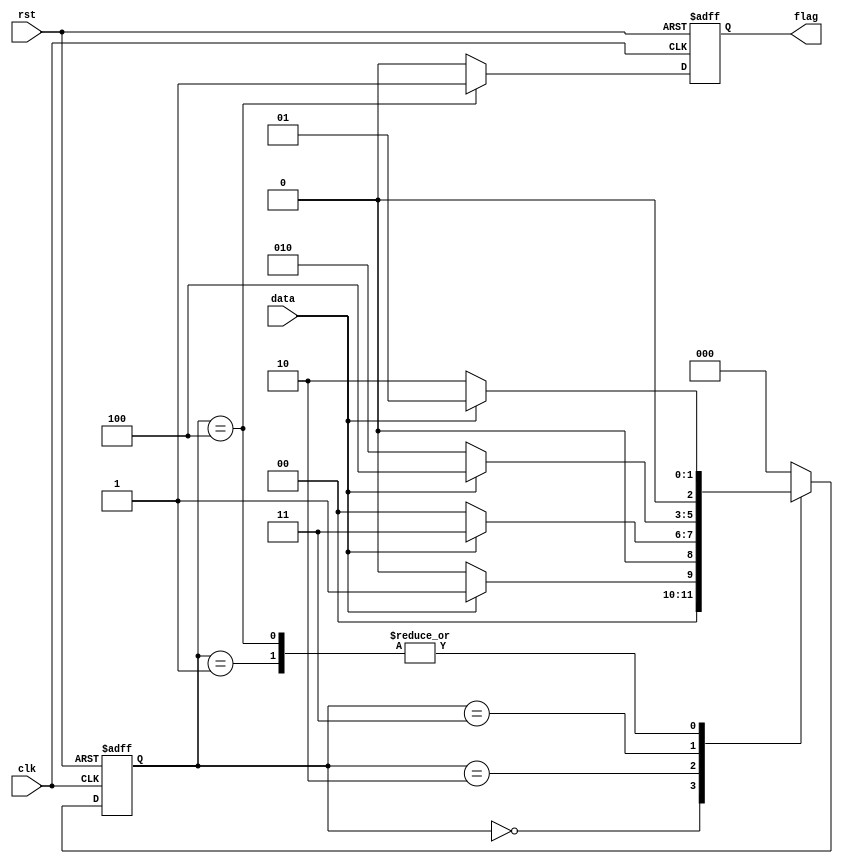
`timescale 1ns/1ns

module sequence_test2(
	input wire clk  ,
	input wire rst  ,
	input wire data ,
	output reg flag
);
//*************code***********//
parameter S0 = 0,
          S1 = 1,
          S10 = 2,
          S101 = 3,
          S1011 = 4;
reg[2:0] state, next_state;

always @(posedge clk or negedge rst) begin
    if(!rst) state <= 0;
    else state <= next_state;
end

always @(posedge clk or negedge rst) begin
    if(!rst) flag <= 0;
    else if(state == S1011) flag <= 1;
    else flag <= 0;
end

always @(*) begin
    case(state)
        S0: next_state = (data)? S1 : S0;
        S1: next_state = (data)? S1 : S10;
        S10: next_state = (data)? S101 : S0;
        S101: next_state = (data)? S1011 : S10;
        S1011: next_state = (data)? S1 : S10;
        default: next_state = S0;
    endcase
end

//*************code***********//
endmodule